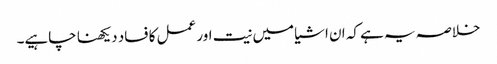
خلاصہ یہ ہے کہ ان اشیا میں نیت اور عمل کا فساد دیکھنا چاہیے۔